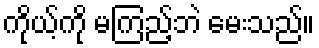
ကိုယ့်ကို မကြည့်ဘဲ မေးသည်။